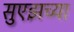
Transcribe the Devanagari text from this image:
सुएझच्या